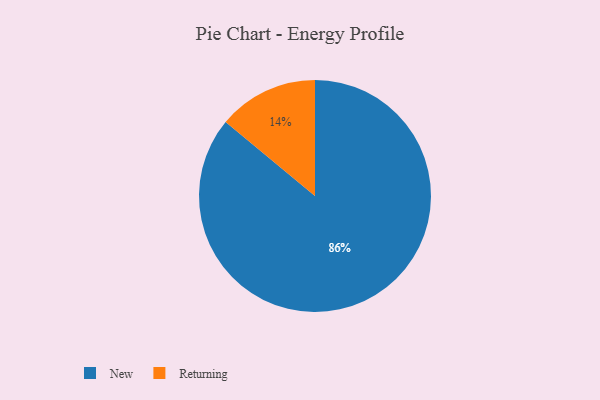
{"axis": {"x": "Category", "y": "Percentage"}, "legend": ["New", "Returning"], "data": [{"x": "New", "y": 86, "type": "New"}, {"x": "Returning", "y": 14, "type": "Returning"}]}